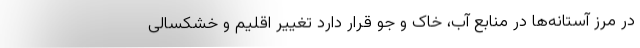
در مرز آستانه‌ها در منابع آب، خاک و جو قرار دارد تغییر اقلیم و خشکسالی